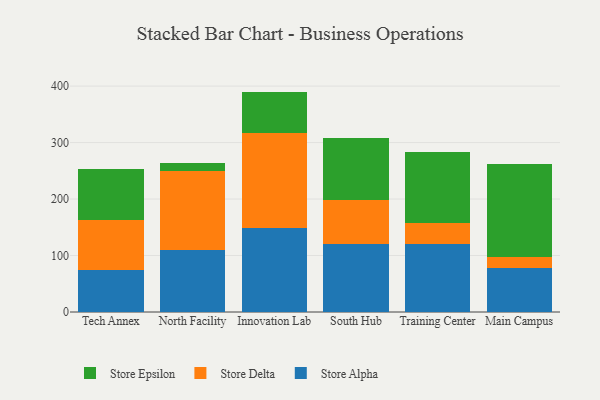
{"axis": {"x": "Campus", "y": "Headcount"}, "legend": ["Store Alpha", "Store Delta", "Store Epsilon"], "data": [{"x": "Tech Annex", "y": 73.9, "type": "Store Alpha"}, {"x": "Tech Annex", "y": 88.7, "type": "Store Delta"}, {"x": "Tech Annex", "y": 90.3, "type": "Store Epsilon"}, {"x": "North Facility", "y": 109.3, "type": "Store Alpha"}, {"x": "North Facility", "y": 140.5, "type": "Store Delta"}, {"x": "North Facility", "y": 14.9, "type": "Store Epsilon"}, {"x": "Innovation Lab", "y": 149.1, "type": "Store Alpha"}, {"x": "Innovation Lab", "y": 168.0, "type": "Store Delta"}, {"x": "Innovation Lab", "y": 73.2, "type": "Store Epsilon"}, {"x": "South Hub", "y": 120.5, "type": "Store Alpha"}, {"x": "South Hub", "y": 77.5, "type": "Store Delta"}, {"x": "South Hub", "y": 110.5, "type": "Store Epsilon"}, {"x": "Training Center", "y": 119.9, "type": "Store Alpha"}, {"x": "Training Center", "y": 37.5, "type": "Store Delta"}, {"x": "Training Center", "y": 126.5, "type": "Store Epsilon"}, {"x": "Main Campus", "y": 78.4, "type": "Store Alpha"}, {"x": "Main Campus", "y": 19.5, "type": "Store Delta"}, {"x": "Main Campus", "y": 164.6, "type": "Store Epsilon"}]}